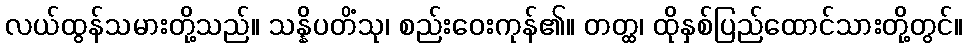
လယ်ထွန်သမားတို့သည်။ သန္နိပတိံသု၊ စည်းဝေးကုန်၏။ တတ္ထ၊ ထိုနှစ်ပြည်ထောင်သားတို့တွင်။